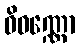
ဝိဝဏ္ဏော